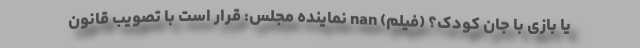
یا بازی با جان کودک؟ (فیلم) nan نماینده مجلس: قرار است با تصویب قانون